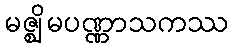
မဇ္ဈိမပဏ္ဏာသကဿ